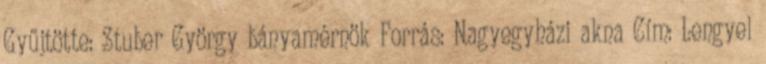
Gyűjtötte: Stuber György bányamérnök Forrás: Nagyegyházi akna Cím: Lengyel